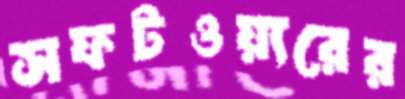
সফটওয়্যরের